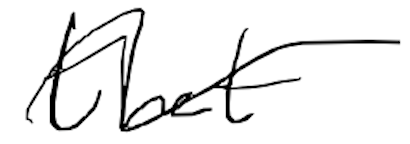
Text: that
Cross-out: wave
Writing tool: digital_black